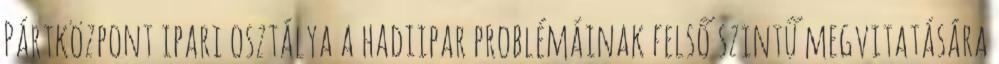
Pártközpont ipari osztálya a hadiipar problémáinak felső szintű megvitatására